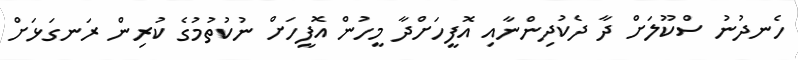
ހެނދުނު ސްކޫލަށް ދާ ދެކުދިންނާއި އޮފީހަށްދާ މީހުން އޮފީހަށް ނުކުތުމުގެ ކުރިން ރަނގަޅަށް